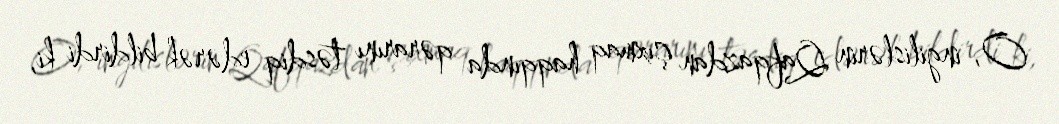
O, ingilislərin Qafqazdan çıxmaq haqqında qərarını təsdiq edərək bildirdi ki,